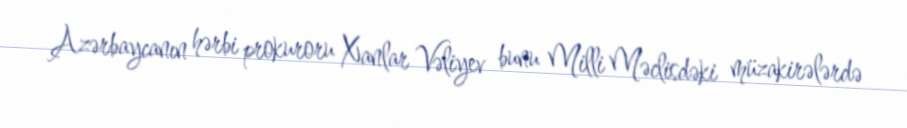
Azərbaycanın hərbi prokuroru Xanlar Vəliyev bunu Milli Məclisdəki müzakirələrdə